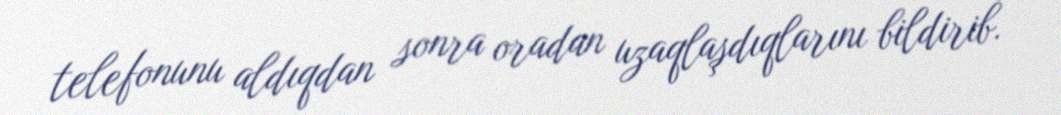
telefonunu aldıqdan sonra oradan uzaqlaşdıqlarını bildirib.